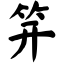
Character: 笄